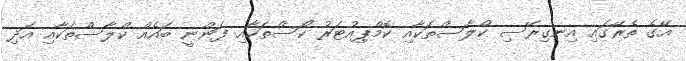
އޭގެ ތެރޭގައި އިނގިރޭސި ކްލާސްތަކާއި ކޮމްޕިއުޓަރު ކޯސްތަކާއި ފަންނީ ބައެއް ކްލާސްތަކާއި އަދި